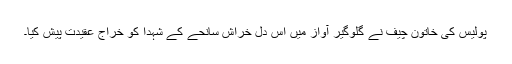
پولیس کی خاتون چیف نے گلوگیر آواز میں اس دل خراش سانحے کے شہدا کو خراج عقیدت پیش کیا۔